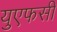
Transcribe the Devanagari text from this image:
युएफसी